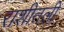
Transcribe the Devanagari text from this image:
राशीतली